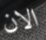
الان